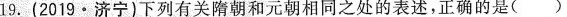
19. (2019·济宁)下列有关隋朝和元朝相同之处的表述，正确的是( )